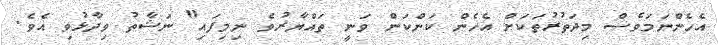
އެހެންނަމަވެސް މިދަތުރުތަކަށް އެހެން ކަންކަން ވަނީ ތައްްޔާރުވެ ނިމިފައި" ނަޝާތު ވިދާޅުވި އެވެ.